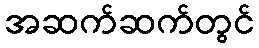
အဆက်ဆက်တွင်